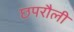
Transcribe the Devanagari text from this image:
छपरौली